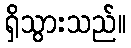
ရှိသွားသည်။